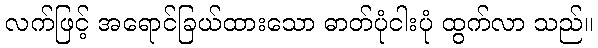
လက်ဖြင့် အရောင်ခြယ်ထားသော ဓာတ်ပုံငါးပုံ ထွက်လာ သည်။